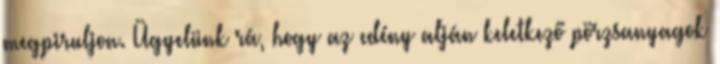
megpiruljon. Ügyelünk rá, hogy az edény alján keletkező pörzsanyagok